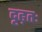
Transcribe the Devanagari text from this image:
दृढ़तः